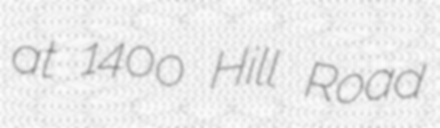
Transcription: at 1400 Hill Road